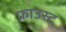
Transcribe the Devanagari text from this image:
फ्राउस्ट